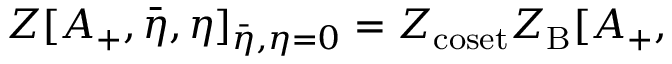
Z [ A _ { + } , { \bar { \eta } } , \eta ] _ { \bar { \eta } , \eta = 0 } = Z _ { \mathrm { c o s e t } } Z _ { \mathrm { B } } [ A _ { + } ,